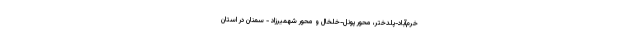
خرم‌آباد-پلدختر، محور پونل-خلخال و محور شهمیرزاد - سمنان در استان